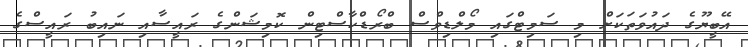
އޭބީޔޫގެ ދައުވަތަކަށް މި ސަމިޓްގައި މޯލްޑިވްސް ބްރޯޑްކާސްޓިން ކޮމިޝަންގެ ރައީސާއި ނައިބު ރައީސްގެ